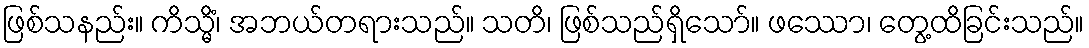
ဖြစ်သနည်း။ ကိသ္မိံ၊ အဘယ်တရားသည်။ သတိ၊ ဖြစ်သည်ရှိသော်။ ဖဿော၊ တွေ့ထိခြင်းသည်။